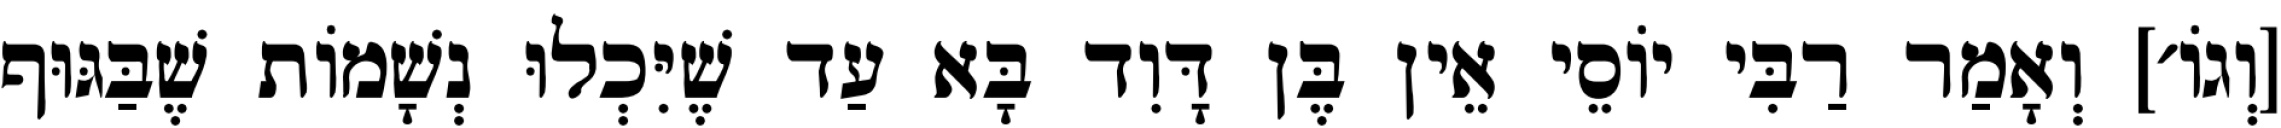
[וְגוֹ׳] וְאָמַר רַבִּי יוֹסֵי אֵין בֶּן דָּוִד בָּא עַד שֶׁיִּכְלוּ נְשָׁמוֹת שֶׁבַּגּוּף